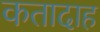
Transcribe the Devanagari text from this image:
कतादाह